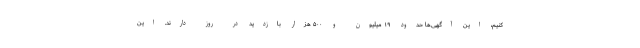
کنیم، این آگهی‌ها حدود ۱۹ میلیون و ۵۰۰ هزار بازدید در روز دارند. این